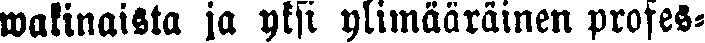
wakinaista ja yksi ylimääräinen profes-